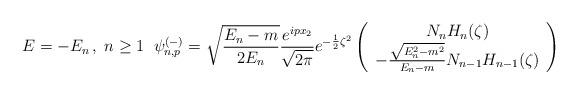
LaTeX: \begin{align*}E= -E_n \, , \; n \geq 1 \; \; \psi^{(-)}_{n,p} = \sqrt{\frac {E_n-m} {2 E_n}} \frac {e^{i p x_2}} {\sqrt {2 \pi}} e^{-\frac {1} {2} {\zeta}^2} \left( \begin{array}{c} N_n H_n(\zeta) \\- \frac {\sqrt{E_n^2-m^2}} {E_n-m} N_{n-1} H_{n-1}(\zeta)\end{array} \right)\end{align*}